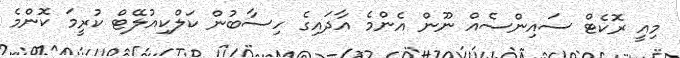
މިއީ ރޮކެޓް ސައިންސެއް ނޫން އެންމެ އާދައިގެ ހިސާބުން ކަލްކިއުލޭޓް ކުރީމަ ކޮންމެ